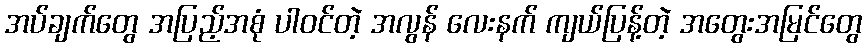
အပ်ချက်တွေ အပြည့်အစုံ ပါဝင်တဲ့ အလွန် လေးနက် ကျယ်ပြန့်တဲ့ အတွေးအမြင်တွေ